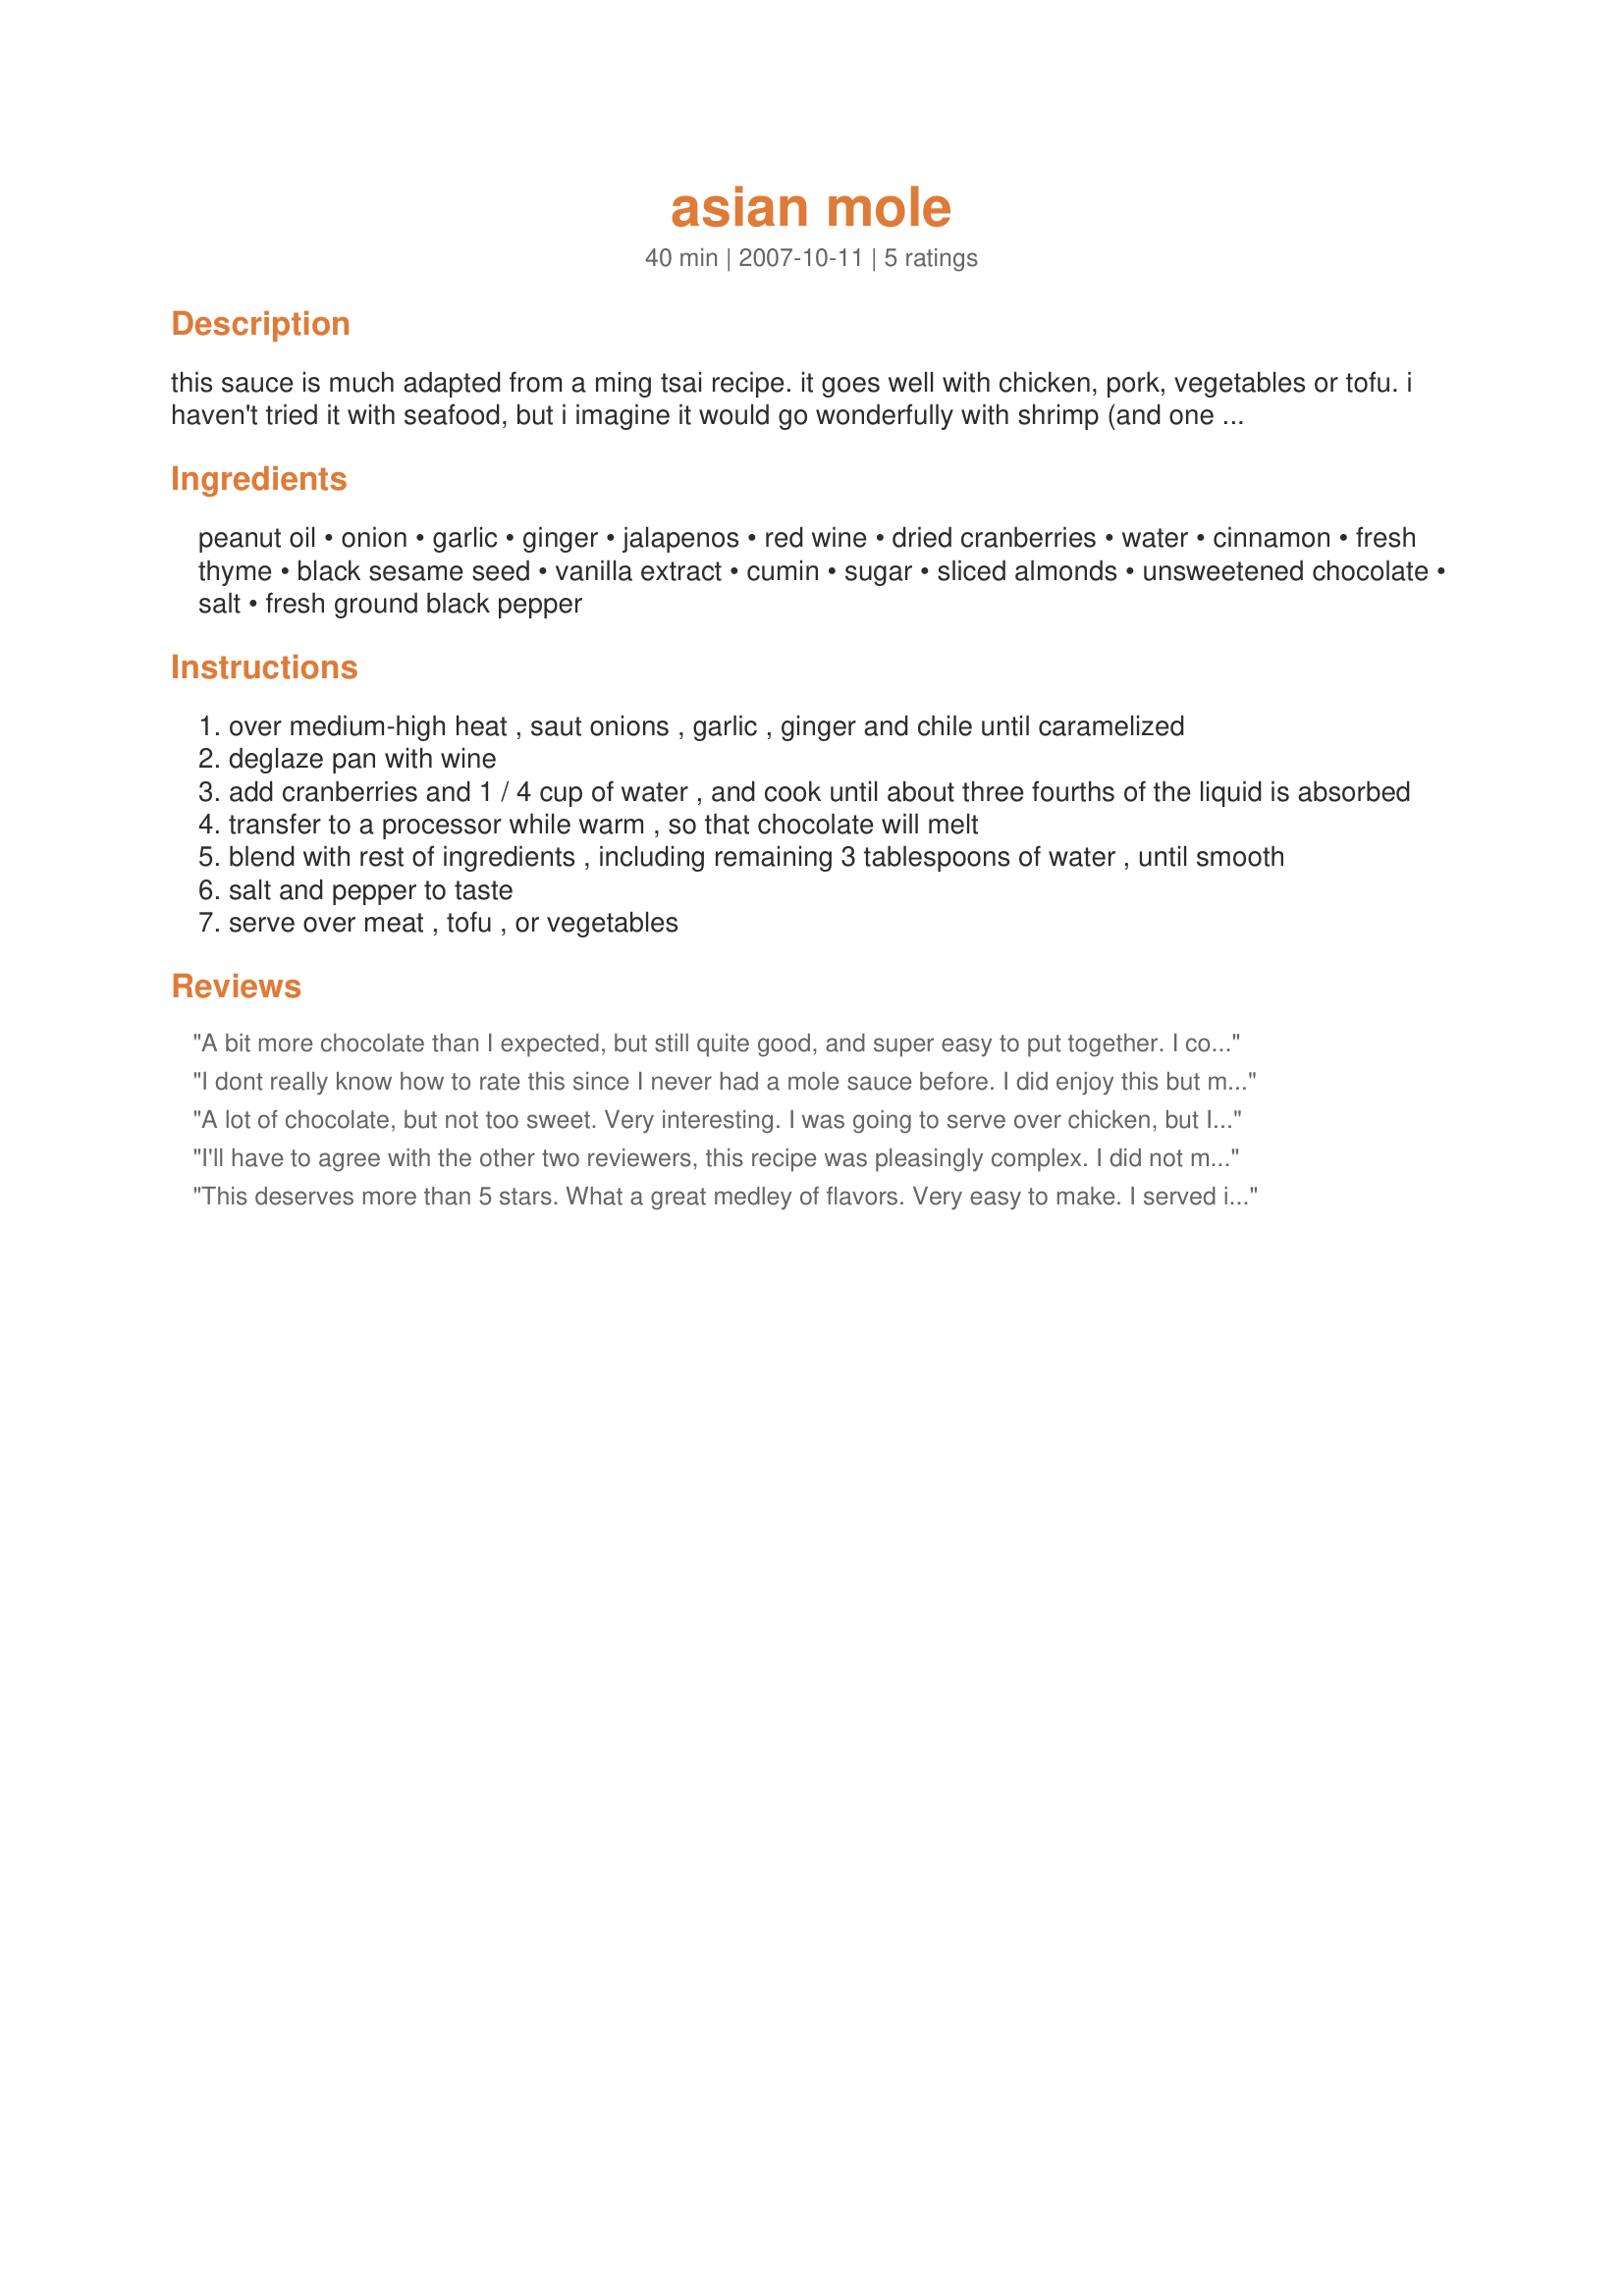
asian mole
Preparation time: 40 minutes

this sauce is much adapted from a ming tsai recipe. it goes well with chicken, pork, vegetables or tofu. i haven't tried it with seafood, but i imagine it would go wonderfully with shrimp (and one reviewer really liked it over salmon).

Ingredients:
peanut oil, onion, garlic, ginger, jalapenos, red wine, dried cranberries, water, cinnamon, fresh thyme, black sesame seed, vanilla extract, cumin, sugar, sliced almonds, unsweetened chocolate, salt, fresh ground black pepper

Steps:
over medium-high heat , saut onions , garlic , ginger and chile until caramelized
deglaze pan with wine
add cranberries and 1 / 4 cup of water , and cook until about three fourths of the liquid is absorbed
transfer to a processor while warm , so that chocolate will melt
blend with rest of ingredients , including remaining 3 tablespoons of water , until smooth
salt and pepper to taste
serve over meat , tofu , or vegetables

Reviews:
A bit more chocolate than I expected, but still quite good, and super easy to put together. I could have used a bit more heat, which I added in situ with some hot sauce. I did not find it too sweet. I served this over lightly-marinated tempeh.
I dont really know how to rate this since I never had a mole sauce before. I did enjoy this but my mom did not, she didnt like sweetness this sauce had to it but I found it quite enjoyable. The hottness of the jalapenos with the cranberries and the hint vanilla was surprisingly nice. I didnt have a full 3/4 cup of wine left so I used part beef broth and part wine. I served this over chicken, but like you said I'm sure it would go great with seafood as well.
A lot of chocolate, but not too sweet. Very interesting. I was going to serve over chicken, but I think green beans are best for me. My prep time was long (we had some business that extended into my normal cooking time), so I prepared the sauce tonight to serve tomorrow. I was surprised that I had black sesame seeds on hand, so I ended up making as written. I'll update on how well it reheats.
I'll have to agree with the other two reviewers, this recipe was pleasingly complex. I did not mind the sweetness here myself, though I've made Mexican mole's where I might consider a sweet taste inappropriate. Minor things - I did not have black sesame seeds so I used white (untoasted), and I couldn't find my sliced almonds (though I did find them later, grrr). I put this on top of non-silken tofu, which I grilled in a non-stick skillet until nice and brown. BF enjoyed this too. I used the leftovers on a soy-based "steak." Very good sauce, thanks Maito!
This deserves more than 5 stars. What a great medley of flavors. Very easy to make. I served it with grilled salmon, but looking forward to trying it on chicken or shrimp.
